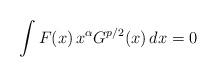
LaTeX: \begin{align*} \int F(x)\,x^\alpha G^{p/2}(x)\,dx=0\ \end{align*}